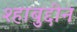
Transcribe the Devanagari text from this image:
श्हाबुद्दीन